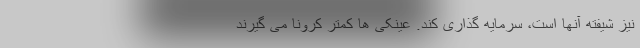
نیز شیفته آنها است، سرمایه گذاری کند. عینکی ها کمتر کرونا می گیرند